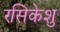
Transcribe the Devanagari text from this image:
रसिकेशु